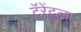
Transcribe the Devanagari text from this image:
टॅरेंटुला